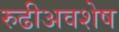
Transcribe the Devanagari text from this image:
रुढीअवशेष